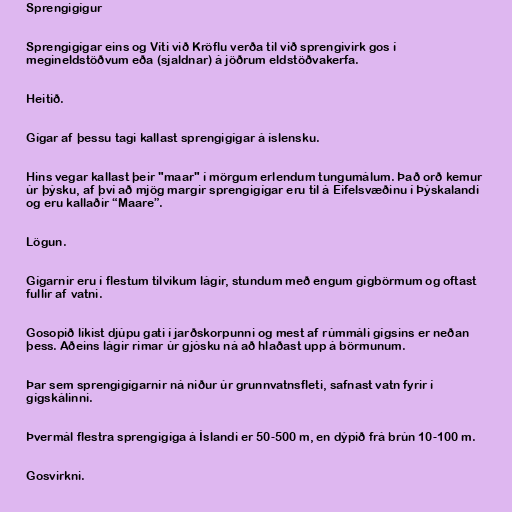
Sprengigígur

Sprengigígar eins og Víti við Kröflu verða til við sprengivirk gos í
megineldstöðvum eða (sjaldnar) á jöðrum eldstöðvakerfa.

Heitið.

Gígar af þessu tagi kallast sprengigígar á íslensku.

Hins vegar kallast þeir "maar" í mörgum erlendum tungumálum. Það orð kemur
úr þýsku, af því að mjög margir sprengigígar eru til á Eifelsvæðinu í Þýskalandi
og eru kallaðir “Maare”.

Lögun.

Gígarnir eru í flestum tilvikum lágir, stundum með engum gígbörmum og oftast
fullir af vatni.

Gosopið líkist djúpu gati í jarðskorpunni og mest af rúmmáli gígsins er neðan
þess. Aðeins lágir rimar úr gjósku ná að hlaðast upp á börmunum.

Þar sem sprengigígarnir ná niður úr grunnvatnsfleti, safnast vatn fyrir í
gígskálinni.

Þvermál flestra sprengigíga á Íslandi er 50-500 m, en dýpið frá brún 10-100 m.

Gosvirkni.